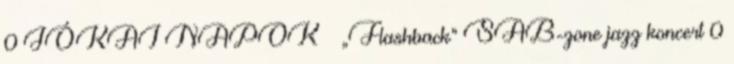
0 JÓKAI NAPOK – „Flashback” SAB-zone jazz koncert 0